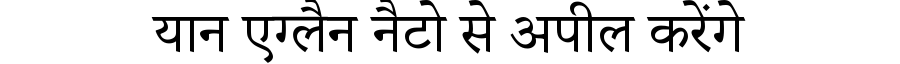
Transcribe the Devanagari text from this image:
यान एग्लैन नैटो से अपील करेंगे